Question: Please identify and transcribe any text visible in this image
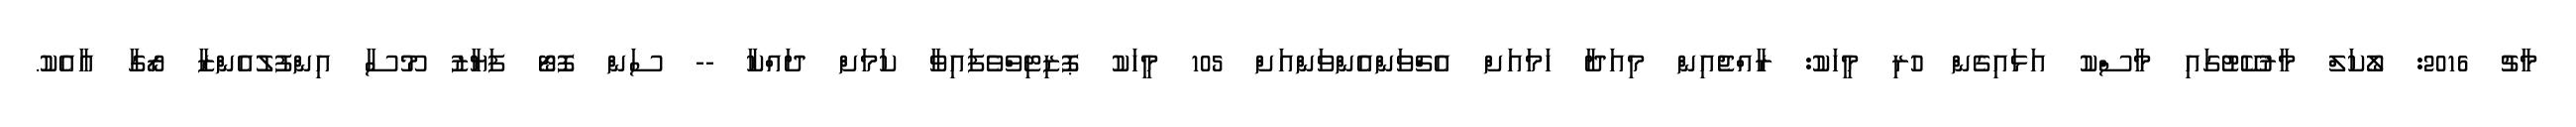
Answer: މާޗު 2016: ލޯކަލް މާރުކޭޓުގައި މާސްކު އަޅައިގެން ހުރި މީހަކު: ރާއްޖެއިން މިއަދާ ހަމައަށް އެޗްވަންއެންވަންއަށް 105 މީހަކު ޕޮޒިޓިވްވެފައިވާ ކަމަށް ދައްކާ -- ސަން ފޮޓޯ ފަޔާޒު މޫސާ އިންފުލުއެންޒާ ރޯގާ އާއެކު.